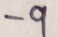
- 9